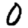
Digit: 0